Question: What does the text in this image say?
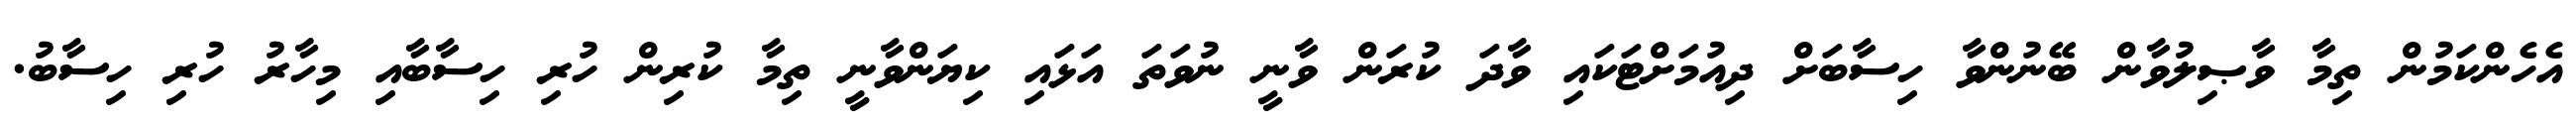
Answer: އެހެންކަމުން ތިމާ ވާޞިލުވާން ބޭނުންވާ ހިސާބަށް ދިއުމަށްޓަކައި ވާދަ ކުރަން ވާނީ ނުވަތަ އަޅައި ކިޔަންވާނީ ތިމާ ކުރިން ހުރި ހިސާބާއި މިހާރު ހުރި ހިސާބު.